Annual report of the Civil Veterinary Department, Bengal, and of the Bengal Veterinary College, for the year 1900-1901 - 1900-1901
Year: 1900
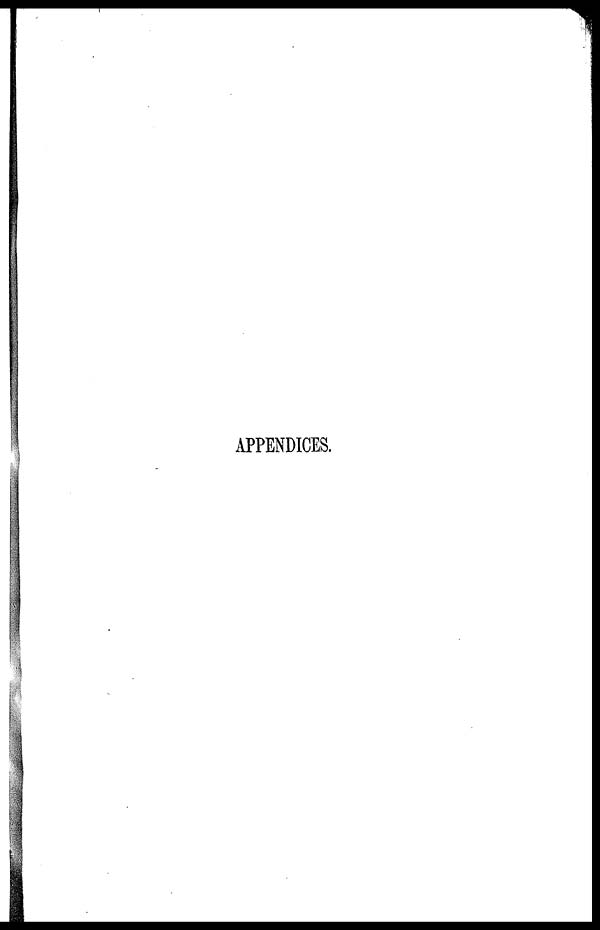
APPENDICES.